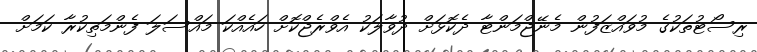
ރިސޯޓުތަކުގެ މުވައްޒަފުން މެނޭޖްމަންޓާ ދެކޮޅަށް ދުވާލަކު އެވްރެޖްކޮށް ހައެއްކަ މައްސަލަ ފެންމަތިކުރާ ކަމަށް